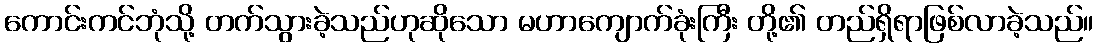
ကောင်းကင်ဘုံသို့ တက်သွားခဲ့သည်ဟုဆိုသော မဟာကျောက်ခုံးကြီး တို့၏ တည်ရှိရာဖြစ်လာခဲ့သည်။